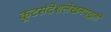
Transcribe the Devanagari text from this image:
कूटसंदेशलेखनपद्धती